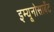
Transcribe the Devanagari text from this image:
इम्यूनोसार्बेंट